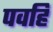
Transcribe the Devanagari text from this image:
पवहि